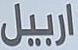
اربیل